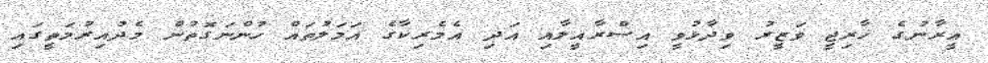
އީރާނުގެ ޚާރިޖީ ވަޒީރު ވިދާޅުވީ އިސްރާއީލާއި އަދި އެމެރިކާގެ އަމަލުތައް ހުންނަގޮތުން މެދުއިރުމަތީގައި